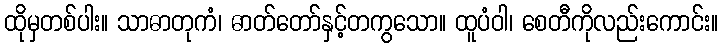
ထိုမှတစ်ပါး။ သာဓာတုကံ၊ ဓာတ်တော်နှင့်တကွသော။ ထူပံဝါ၊ စေတီကိုလည်းကောင်း။